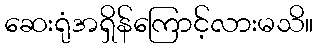
ဆေးရုံအရှိန်ကြောင့်လားမသိ။